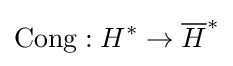
\operatorname {Cong} :H^{*}\to {\overline {H}}^{*}